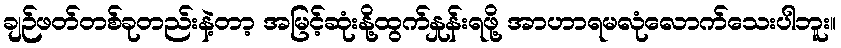
ချဉ်ဖတ်တစ်ခုတည်းနဲ့တာ့ အမြင့်ဆုံးနို့ထွက်နှုန်းရဖို့ အာဟာရမလုံလောက်သေးပါဘူး။